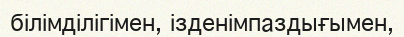
білімділігімен, ізденімпаздығымен,